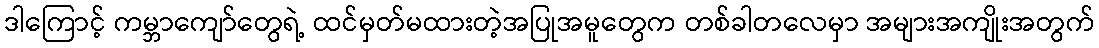
ဒါကြောင့် ကမ္ဘာကျော်တွေရဲ့ ထင်မှတ်မထားတဲ့အပြုအမူတွေက တစ်ခါတလေမှာ အများအကျိုးအတွက်